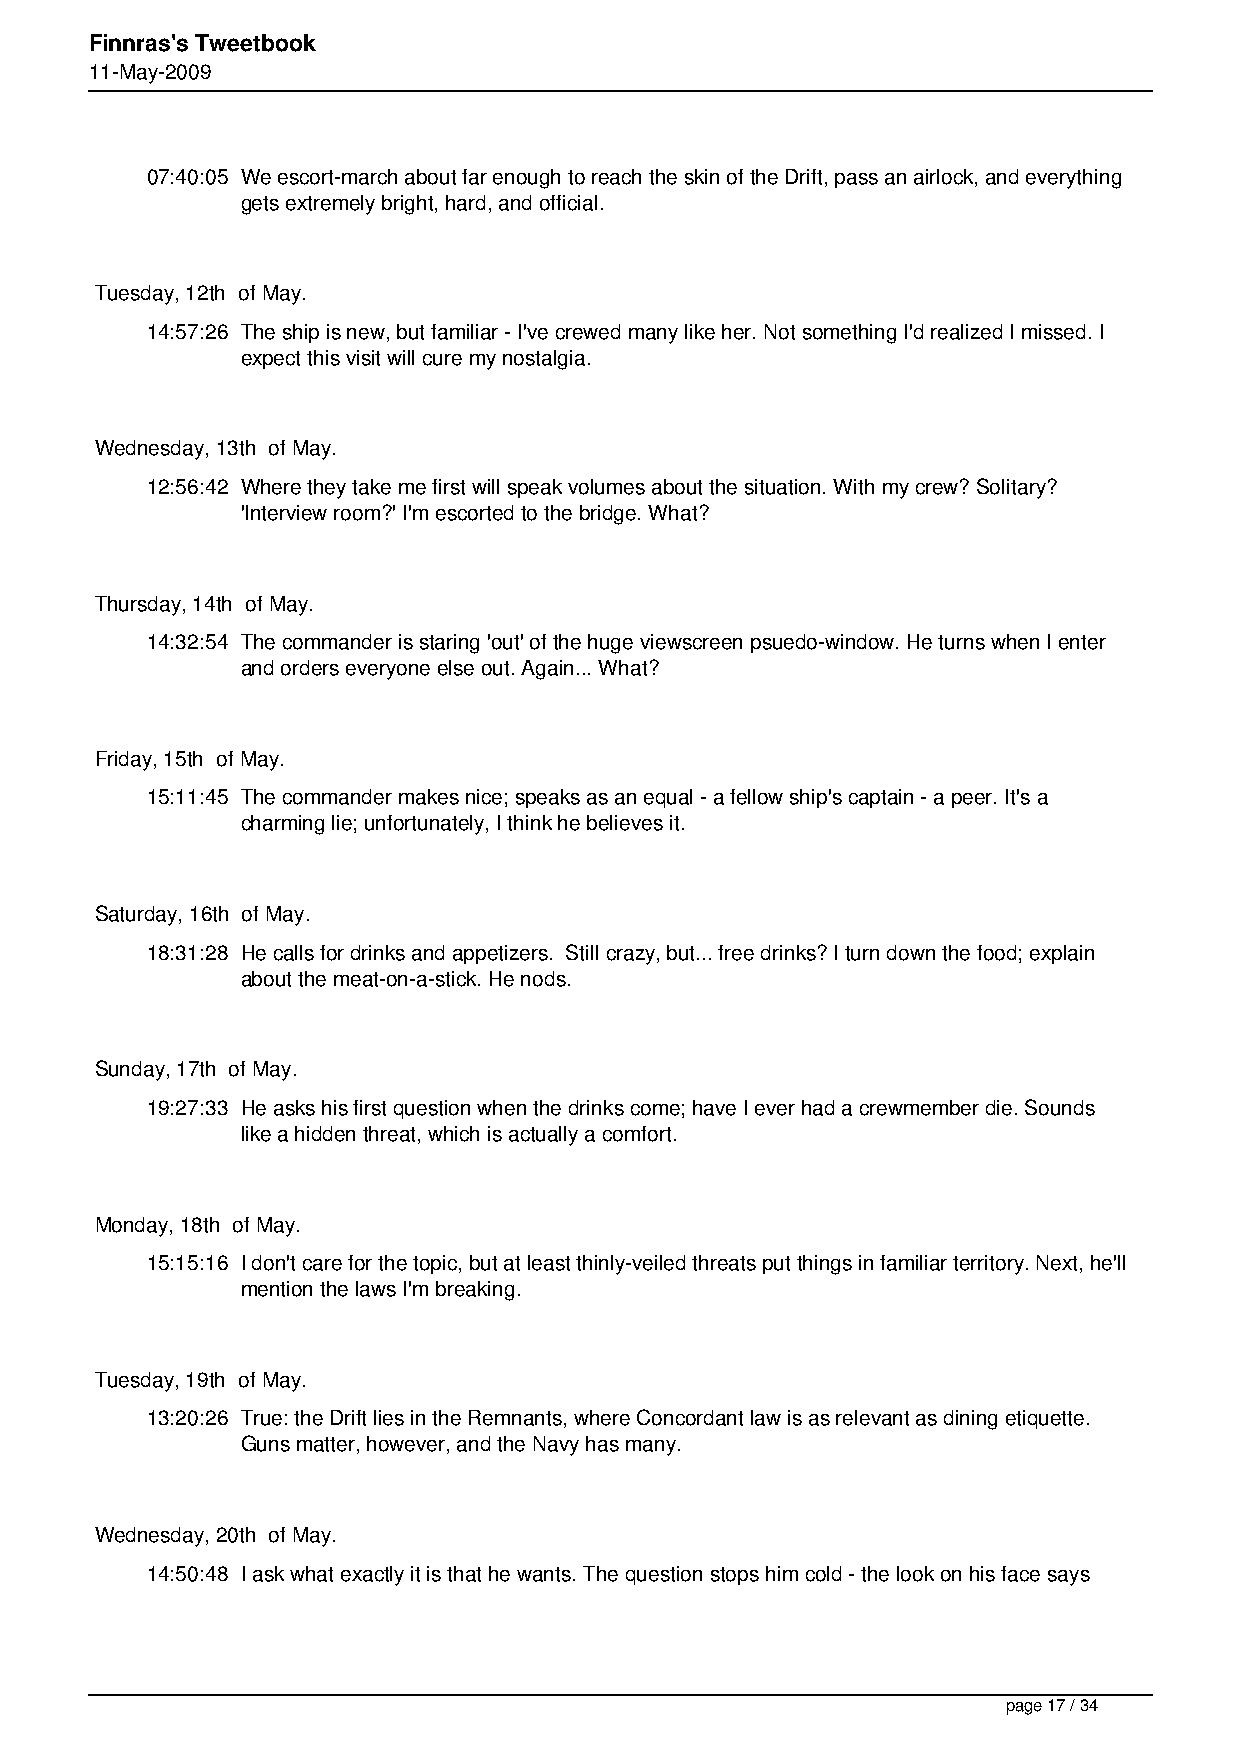
Finnras's Tweetbook
 11-May-2009
 07:40:05 We escort-march about far enough to reach the skin of the Drift, pass an airlock, and everything
 gets extremely bright, hard, and official.
 Tuesday, 12th of May.
 14:57:26 The ship is new, but familiar - I've crewed many like her. Not something I'd realized I missed. I
 expect this visit will cure my nostalgia.
 Wednesday, 13th of May.
 12:56:42 Where they take me first will speak volumes about the situation. With my crew? Solitary?
 'Interview room?' I'm escorted to the bridge. What?
 Thursday, 14th of May.
 14:32:54 The commander is staring 'out' of the huge viewscreen psuedo-window. He turns when I enter
 and orders everyone else out. Again... What?
 Friday, 15th of May.
 15:11:45 The commander makes nice; speaks as an equal - a fellow ship's captain - a peer. It's a
 charming lie; unfortunately, I think he believes it.
 Saturday, 16th of May.
 18:31:28 He calls for drinks and appetizers. Still crazy, but... free drinks? I turn down the food; explain
 about the meat-on-a-stick. He nods.
 Sunday, 17th of May.
 19:27:33 He asks his first question when the drinks come; have I ever had a crewmember die. Sounds
 like a hidden threat, which is actually a comfort.
 Monday, 18th of May.
 15:15:16 I don't care for the topic, but at least thinly-veiled threats put things in familiar territory. Next, he'll
 mention the laws I'm breaking.
 Tuesday, 19th of May.
 13:20:26 True: the Drift lies in the Remnants, where Concordant law is as relevant as dining etiquette.
 Guns matter, however, and the Navy has many.
 Wednesday, 20th of May.
 14:50:48 I ask what exactly it is that he wants. The question stops him cold - the look on his face says
 page 17 / 34